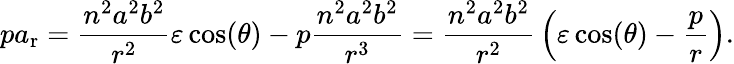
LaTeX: pa_{\mathrm{r}}={\frac{n^{2}a^{2}b^{2}}{r^{2}}}\varepsilon\cos(\theta)-p{\frac{n^{2}a^{2}b^{2}}{r^{3}}}={\frac{n^{2}a^{2}b^{2}}{r^{2}}}\left(\varepsilon\cos(\theta)-{\frac{p}{r}}\right).